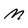
Character: M